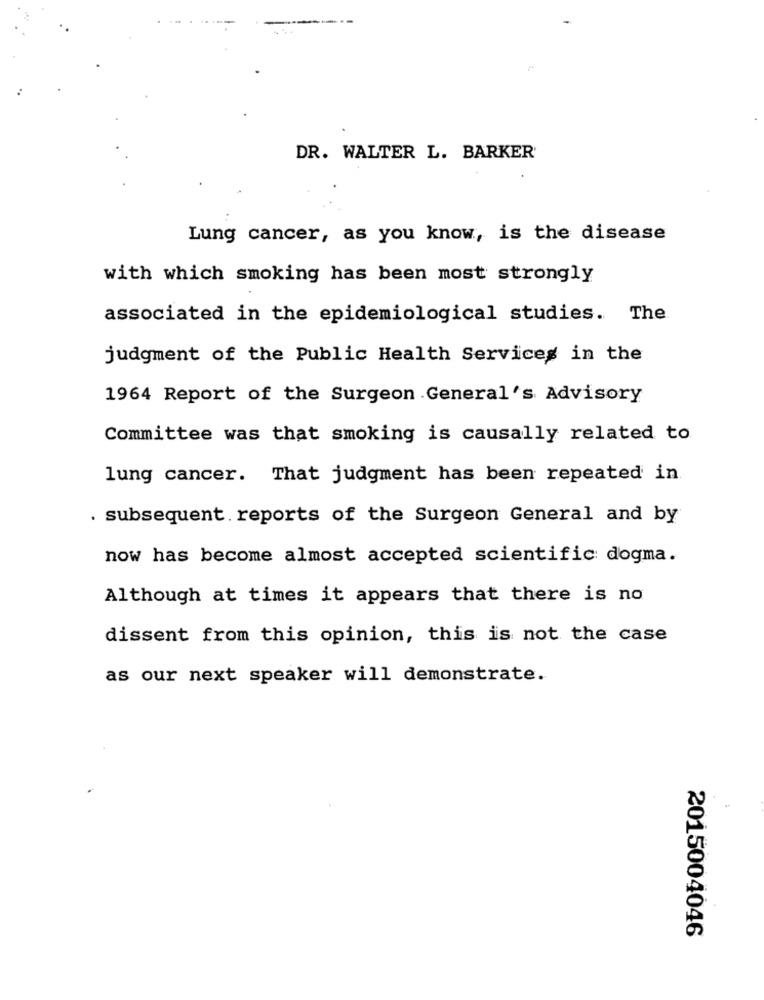
...
DR. WALTER L. BARKER
Lung cancer, as you know, is the disease
with which smoking has been most strongly
associated in the epidemiological studies. The
judgment of the Public Health Services in the
1964 Report of the Surgeon General's Advisory
Committee was that smoking is causally related to
lung cancer. That judgment has been repeated in
. subsequent. reports of the Surgeon General and by
now has become almost accepted scientific dogma.
Although at times it appears that there is no
dissent from this opinion, this is not the case
as our next speaker will demonstrate.
2015004046